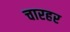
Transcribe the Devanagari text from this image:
चारहर